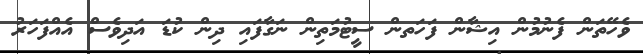
ވެހޭތަން ފެނުމުން އިޝާން ފަހަތން ސީޓުމަތިން ނަގާފައި ދިން ކުޑަ އަދިވެސް އެއްފަހަރު